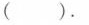
( )。